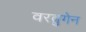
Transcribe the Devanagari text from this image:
वरब्रुगेन